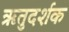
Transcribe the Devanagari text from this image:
ऋतुदर्शक